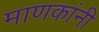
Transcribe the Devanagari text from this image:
माणकांनी